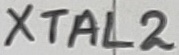
Text: XTAL2